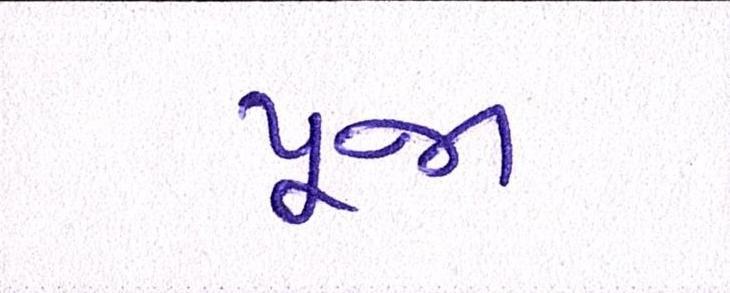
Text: પૂજા